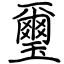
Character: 璽